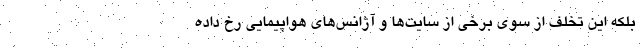
بلکه این تخلف از سوی برخی از سایت‌ها و آژانس‌های هواپیمایی رخ داده